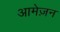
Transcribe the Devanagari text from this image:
आमेज़न